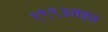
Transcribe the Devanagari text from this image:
१९९३तहत